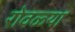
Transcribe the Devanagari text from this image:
रोवळ्या